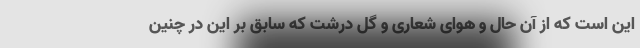
این است که از آن حال و هوای شعاری و گل درشت که سابق بر این در چنین